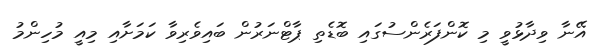
އޭނާ ވިދާޅުވީ މި ކޮންފަރެންސުގައި ބޮޑެތި ޕާޓްނަރުން ބައިވެރިވާ ކަމަށާއި މިއީ މުހިންމު